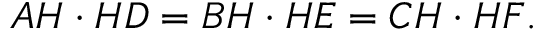
A H \cdot H D = B H \cdot H E = C H \cdot H F .